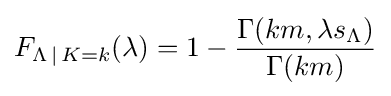
F_{\Lambda \,\mid \,K=k}(\lambda )=1-{\frac {\Gamma (km,\lambda s_{\Lambda })}{\Gamma (km)}}